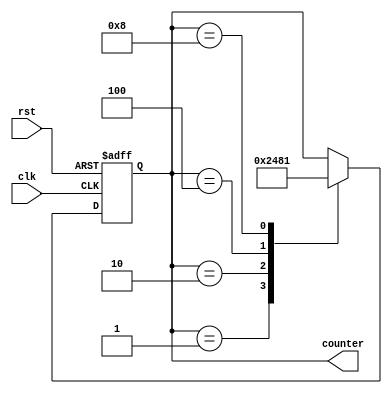
module ring_counter(
    input wire clk,
    input wire rst,
    output reg [3:0] counter
);

always @(posedge clk or posedge rst) begin
    if (rst) begin
        counter <= 4'b0001; // initial state
    end else begin
        case(counter)
            4'b0001: counter <= 4'b0010; // transition to next state
            4'b0010: counter <= 4'b0100; // transition to next state
            4'b0100: counter <= 4'b1000; // transition to next state
            4'b1000: counter <= 4'b0001; // loop back to initial state
        endcase
    end
end

endmodule